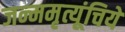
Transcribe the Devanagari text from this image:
जन्ममृत्यूंचिये